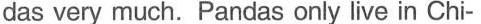
das very much. Pandas only live in Chi-